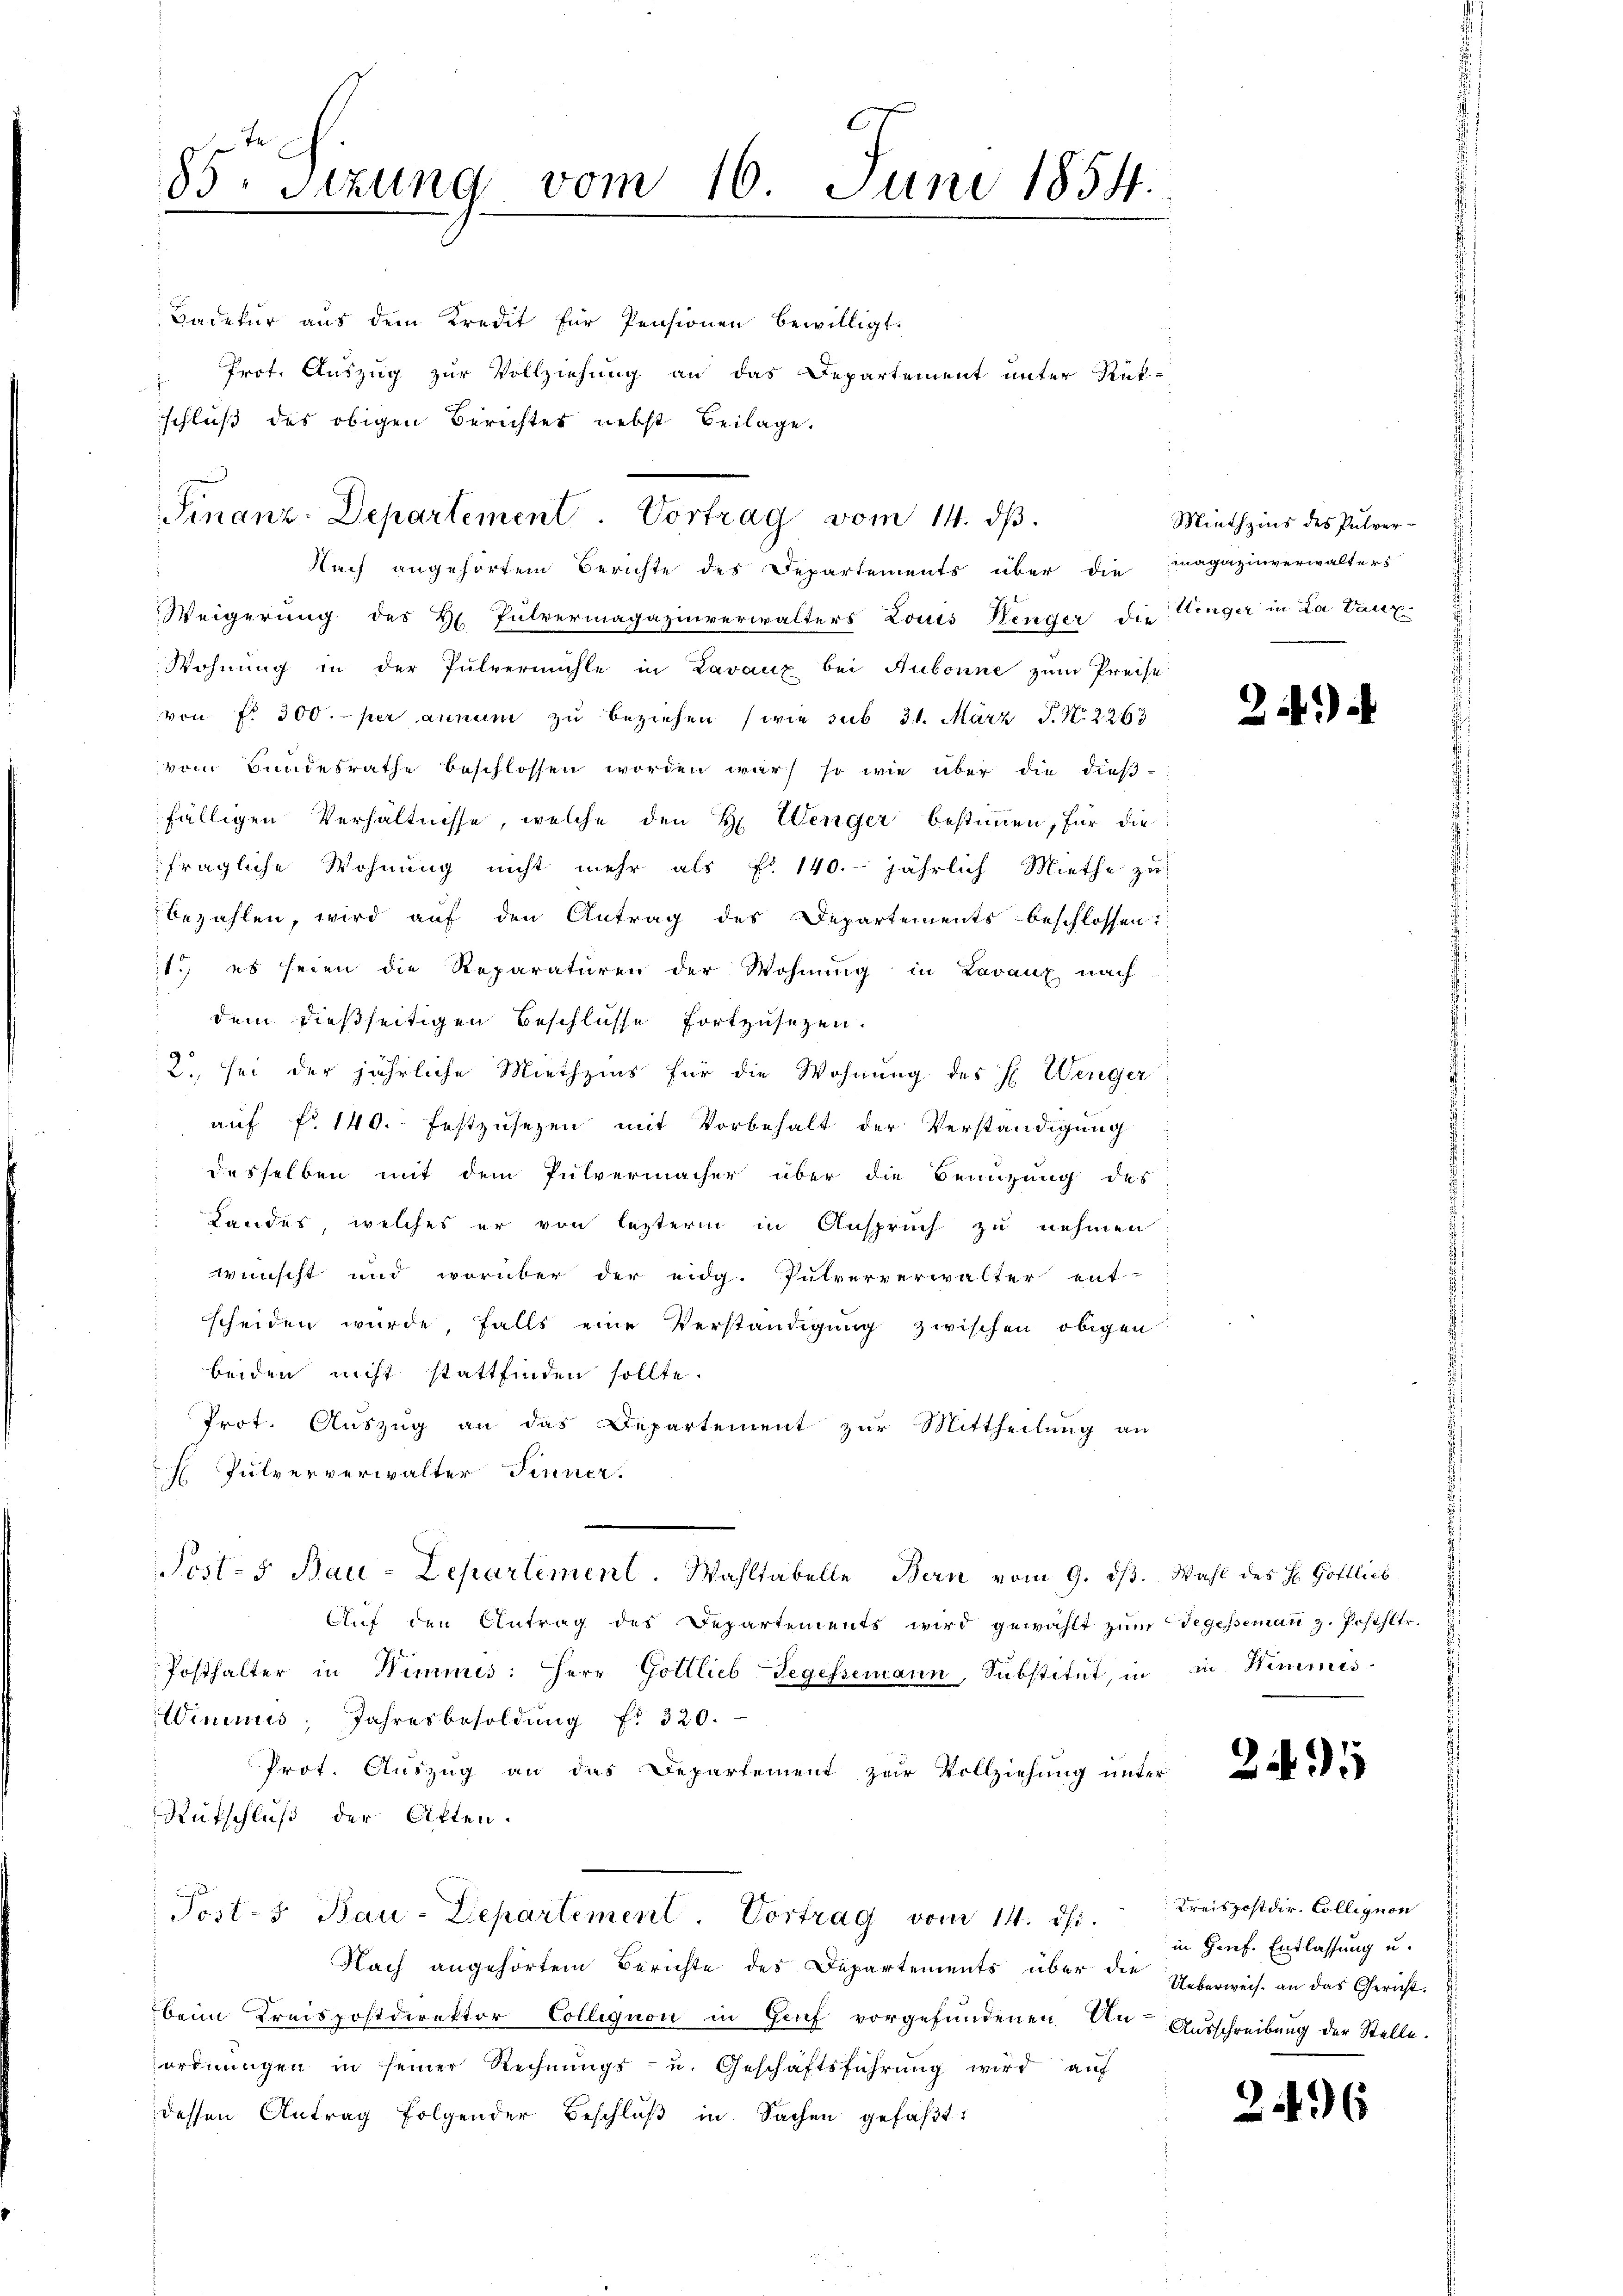
.
od. Sizung vom 16. Juni 1854.
.

Badetur aus dem Kredit für Pensionen bewilligt.
" Prot. Auszug zur Vollziehung an das Departement unter Rück-
schluß des obigen Berichtes nebst Beilage.
Nach angehörtem Berichte des Departements über die Magazinverwalters
Weigerung des Hr. Pulvermagazinverwalters Louis Renger die
Wohnung in der Pulvermühle in Lavaux bei Aubonne zum Preise
von fr. 300. per annum zu beziehen (wie sub 31. März P. Nr. 2263
vom Bundesrathe beschlossen worden war, so wie über die dießfälligen Verhältnisse, welche den H. Wenger bestimmen, für die
fragliche Wohnung nicht mehr als No 140. jährlich Miethe zu
bezahlen, wird auf den Antrag des Departements beschlossen:
1.) es seien die Reparaturen der Wohnung in Lavaux nach
dem dießseitigen Beschlüsse fortzusetzen.
2., sei der jährliche Miethzins für die Wohnung des E. Wenger
auf No 140. festzusezen mit Vorbehalt der Verständigung
desselben mit dem Pulvermacher über die Benuzung des
Landes, welches er von lezterm in Anspruch zu nehmen
wünscht und vorüber der eidg. Pulververwalter ent-
scheiden wurde, falls eine Verständigung zwischen obigen
beiden nicht stattfinden sollte.
Prot. Auszug an das Departement zur Mittheilung an
 Pulververwalter Finner.
Posts Bau-Departement. Wahltabelle Bern vom 9. dβ. Wahl des H. Gottlic
Auf den Antrag des Departements wird gewählt zum Segesseman z. Posthltr.
Posthalter in Wimmis: Herr Gottlieb Gegessemann, Substitut, in in Wimmis¬
Winimus, Jahresbesoldung f. 320.
Prot. Auszug an das Departement zur Vollziehung unter
Rutschluß der Atten.
Post-3 Bau-Departement. Vortrag vom 14. ds. Kreispostdir. Collegion
Nach angehörtem Berichte des Departements über die Ueberweis an das Gericht.
beim Kreispostdirektor Colliquon in Genf vorgefundenen Un-Ausschreibung der Stelle.
ordnŭngen in seiner Rechnŭngs- u. Geschäftsführŭng wird aŭf
dessen Antrag folgender Beschlŭβ in Sachen gefaβt:

Finanz-Departement Vortrag vom 14. ds.

Miethzins des Pulver-
Wenger in La Paul

24.)

2

in Genf. Entlassung u.

2496